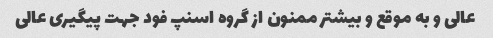
عالی و به موقع و بیشتر ممنون از گروه اسنپ فود جهت پیگیری عالی